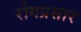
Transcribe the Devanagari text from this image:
रोगप्रसार